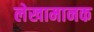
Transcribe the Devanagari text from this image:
लेखामानक